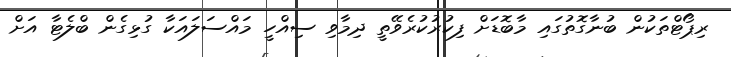
ރިޕޯޓްތަކުން ބުނާގޮތުގައި މާބޮޑަށް ފިކުރުކުރެވޭތީ ދިމާވި ސިއްހީ މައްސަލައަކާ ގުޅިގެން ބްލެޓާ އަށް